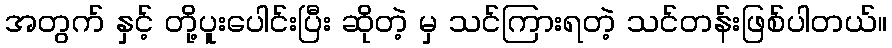
အတွက် နှင့် တို့ပူးပေါင်းပြီး ဆိုတဲ့ မှ သင်ကြားရတဲ့ သင်တန်းဖြစ်ပါတယ်။